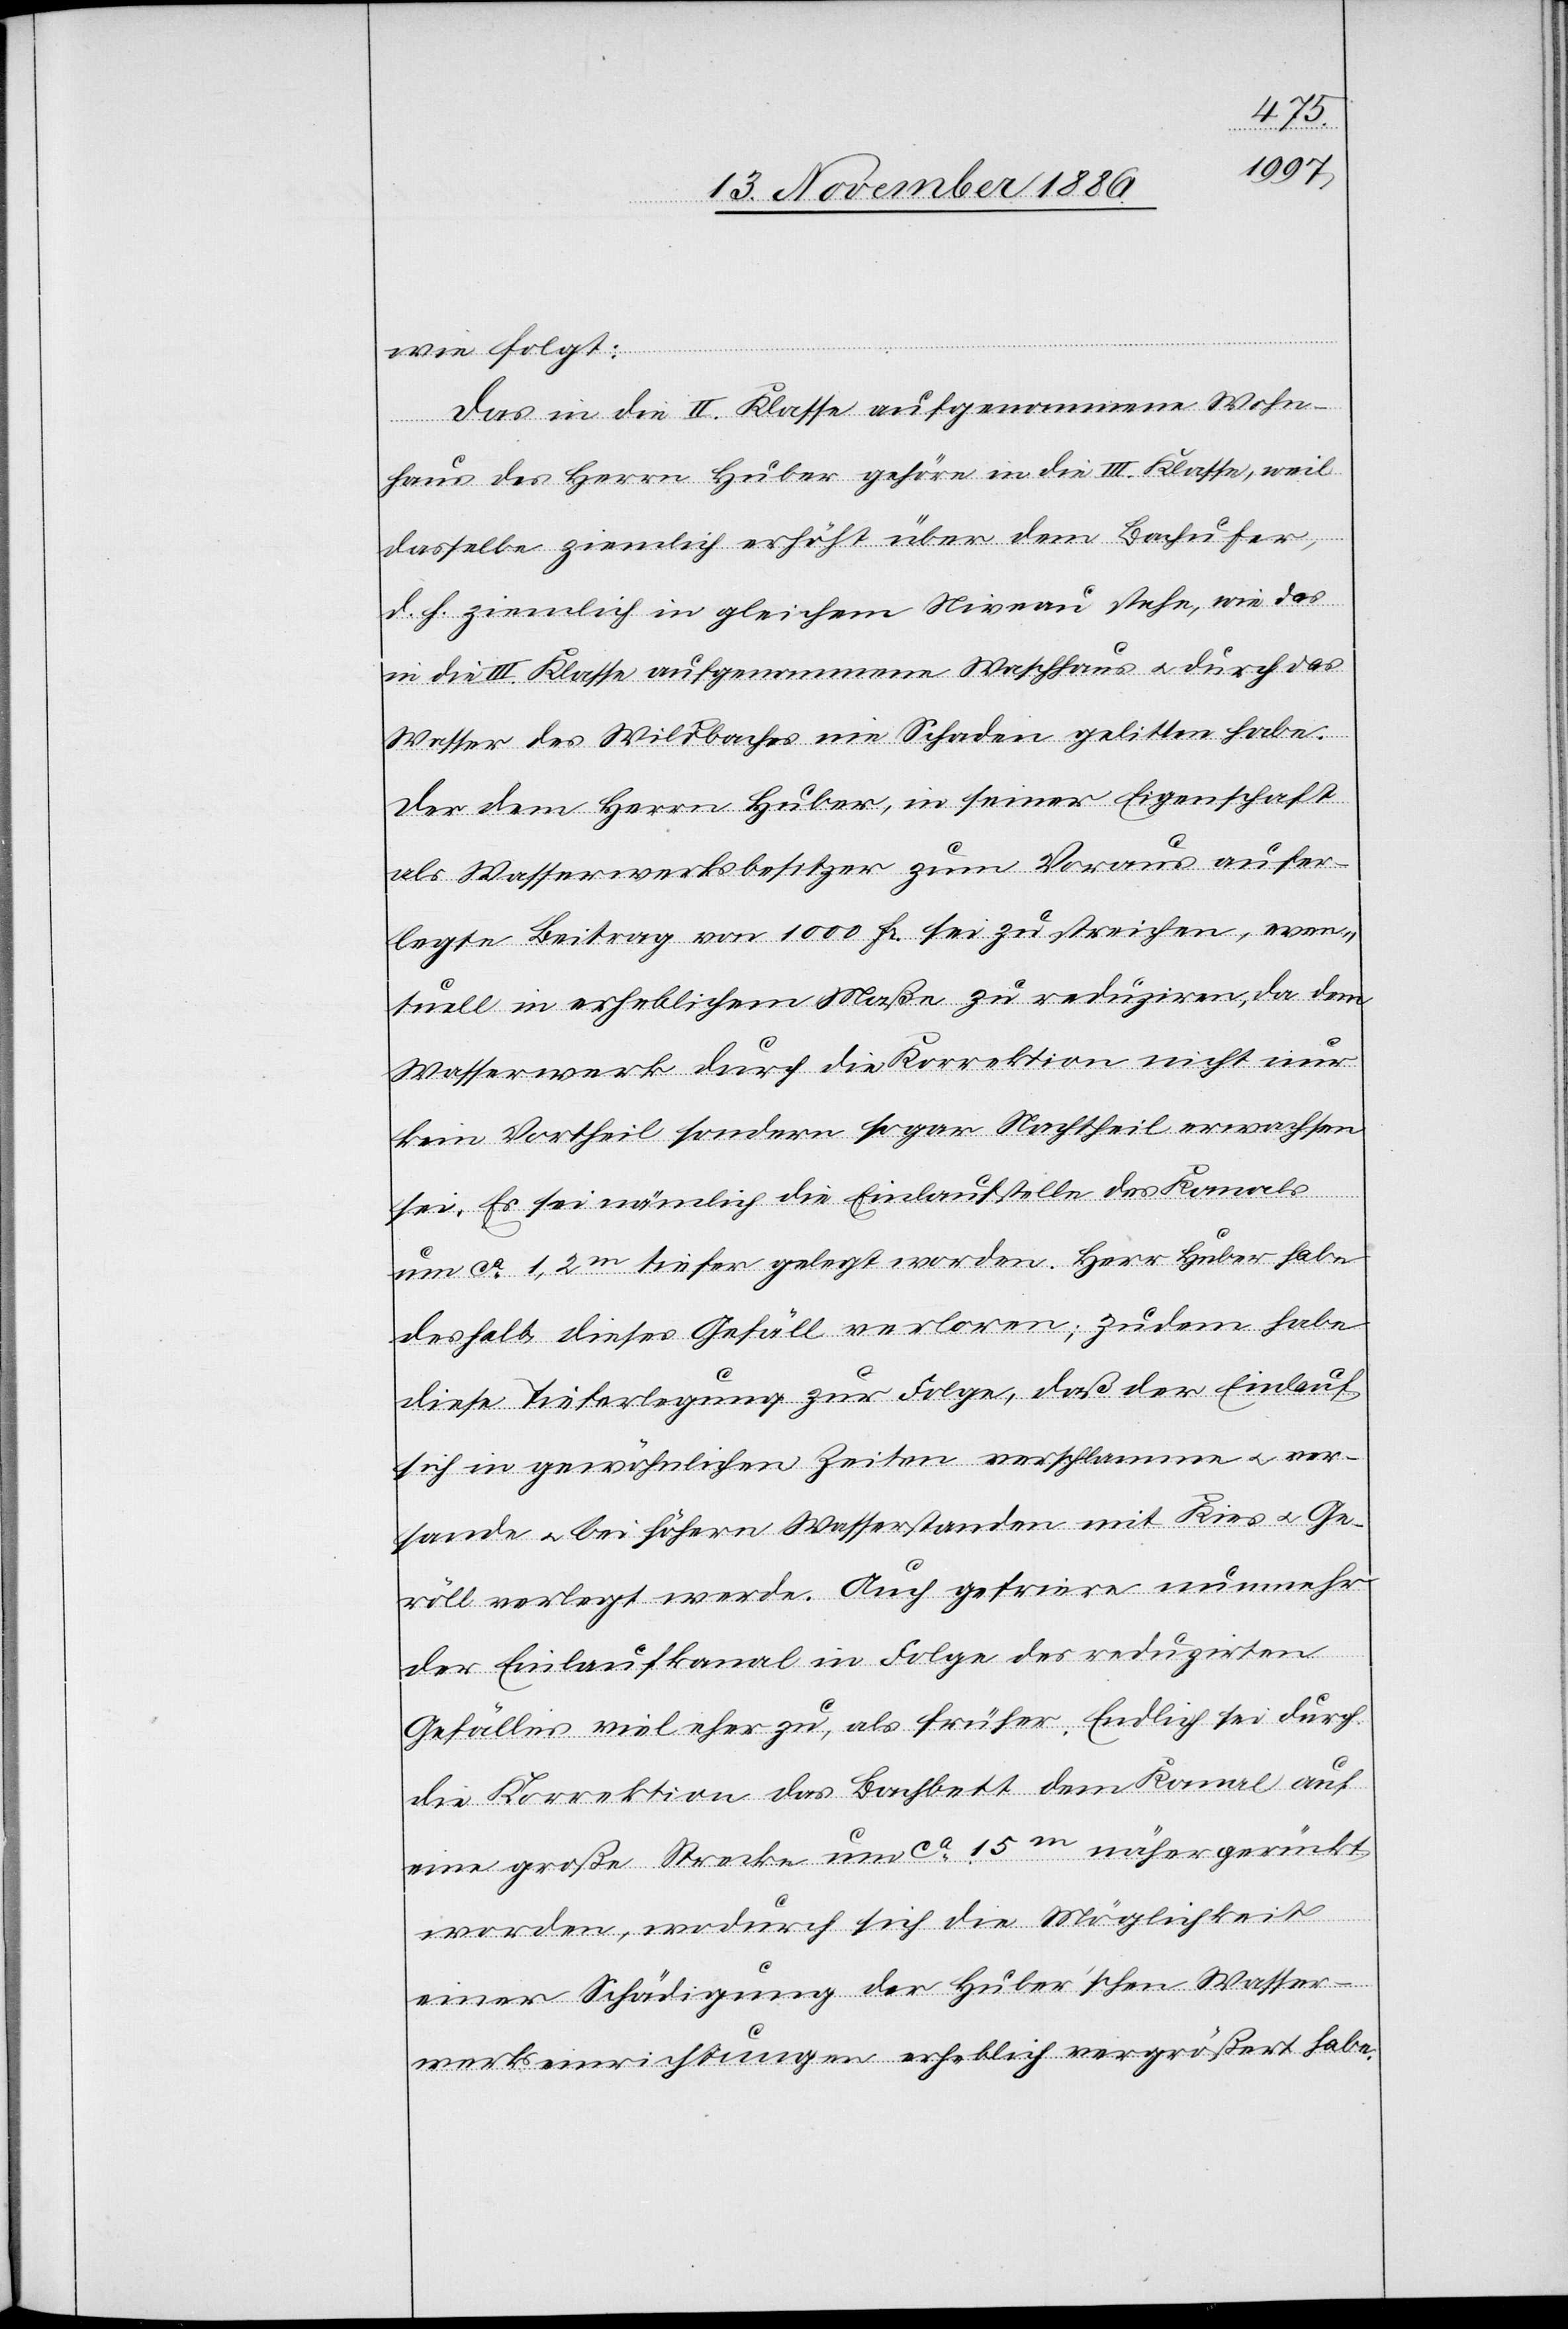
wie folgt:
Das in die II. Klasse aufgenommene Wohn¬
haus des Herrn Huber gehöre in die III. Klasse, weil
dasselbe ziemlich erhöht über dem Bachufer,
d. h. ziemlich in gleichem Niveau stehe, wie das
in die III. Klasse aufgenommene Waschhaus & durch das
Wasser des Wildbaches nie Schaden gelitten habe.
Der dem Herrn Huber, in seiner Eigenschaft
als Wasserwerksbesitzer zum Voraus aufer¬
legte Beitrag von 1000 Fr. sei zu streichen, even¬
tuell in erheblichem Maße zu reduziren, da dem
Wasserwerk durch die Korrektion nicht nur
kein Vortheil sondern sogar Nachtheil erwachsen
sei. Es sei nämlich die Einlaufstelle des Kanals
worden, wodurch sich die Möglichkeit
einer Schädigung der Huber’schen Wasser¬
werkseinrichtungen erheblich vergrößert habe.